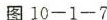
图 10—1—7